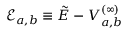
\mathcal { E } _ { a , b } \equiv \tilde { E } - V _ { a , b } ^ { ( \infty ) }